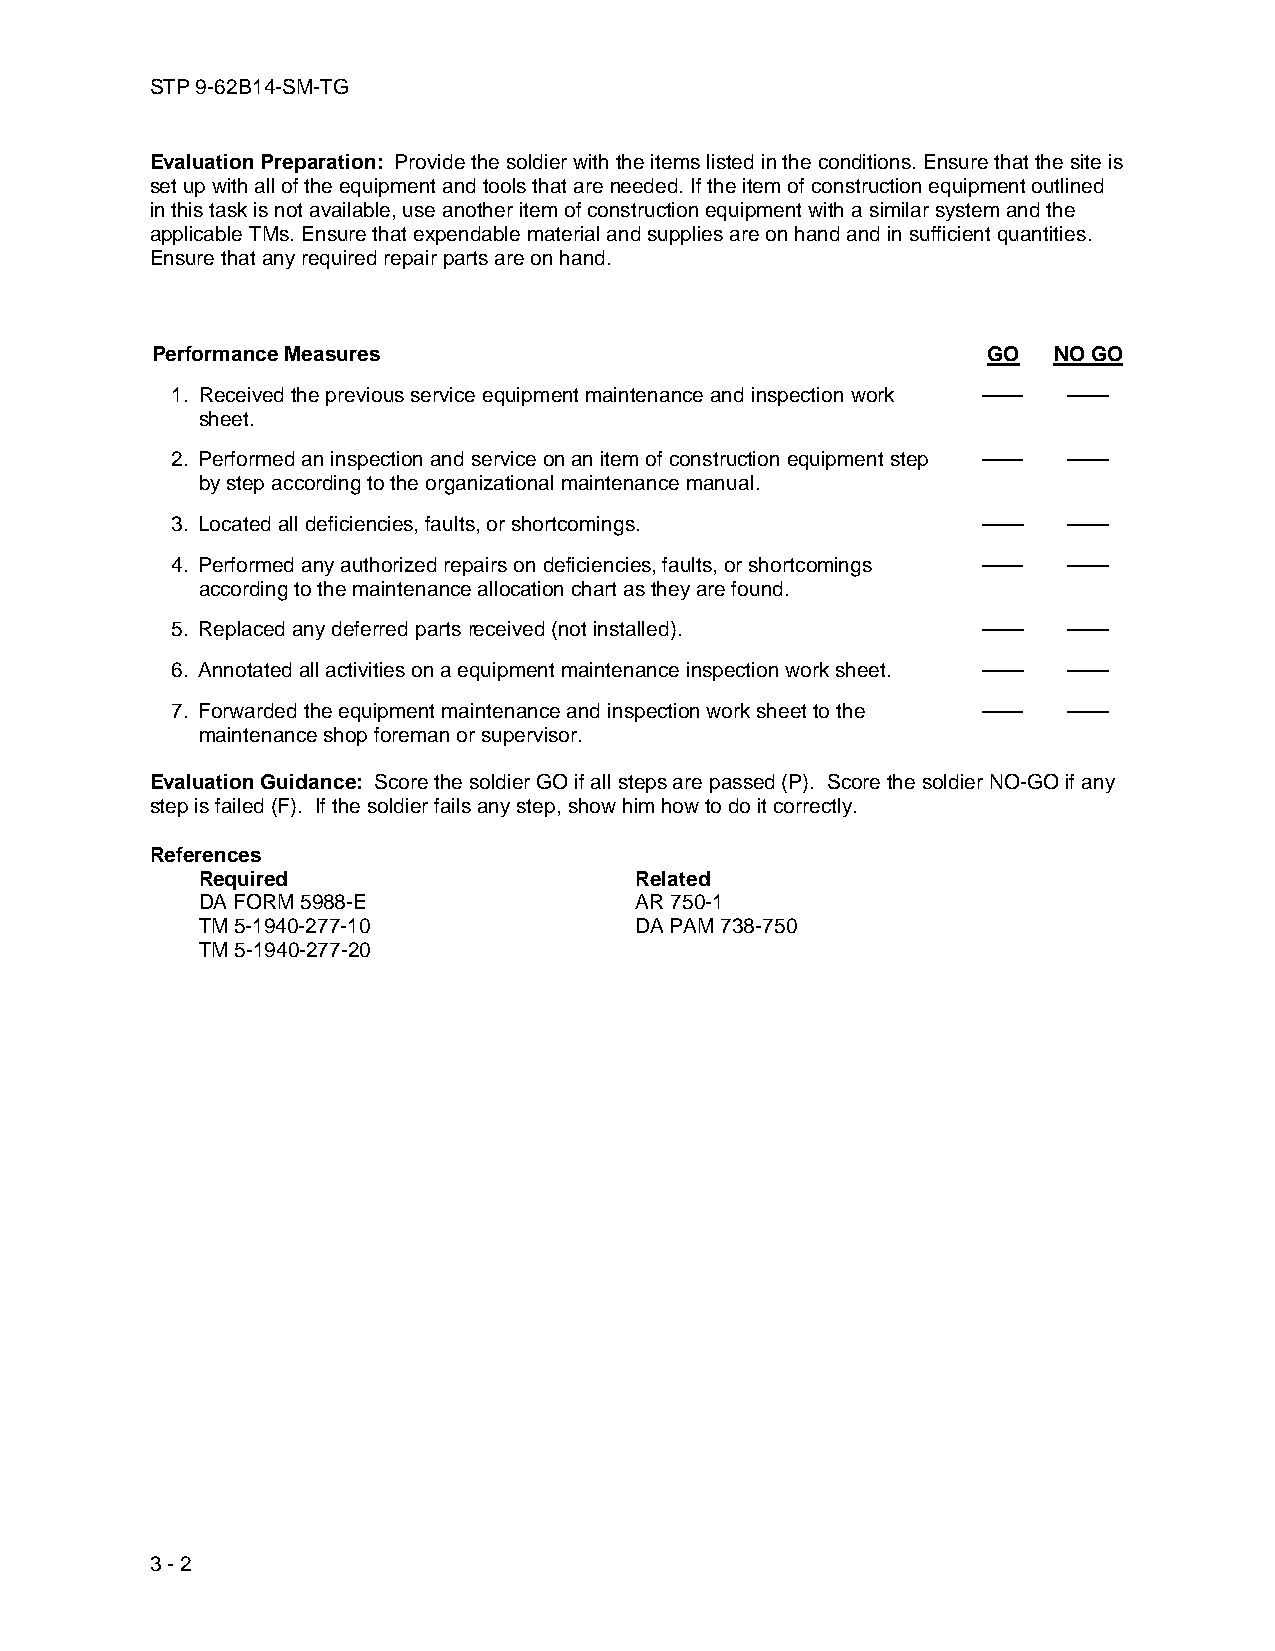
STP 9-62B14-SM-TG
 Evaluation Preparation: Provide the soldier with the items listed in the conditions. Ensure that the site is
 set up with all of the equipment and tools that are needed. If the item of construction equipment outlined
 in this task is not available, use another item of construction equipment with a similar system and the
 applicable TMs. Ensure that expendable material and supplies are on hand and in sufficient quantities.
 Ensure that any required repair parts are on hand.
 Performance Measures                                   GO   NO GO
 1. Received the previous service equipment maintenance and inspection work —— ——
 sheet.
 2. Performed an inspection and service on an item of construction equipment step —— ——
 by step according to the organizational maintenance manual.
 3. Located all deficiencies, faults, or shortcomings. ——    ——
 4. Performed any authorized repairs on deficiencies, faults, or shortcomings —— ——
 according to the maintenance allocation chart as they are found.
 5. Replaced any deferred parts received (not installed). —— ——
 6. Annotated all activities on a equipment maintenance inspection work sheet. —— ——
 7. Forwarded the equipment maintenance and inspection work sheet to the —— ——
 maintenance shop foreman or supervisor.
 Evaluation Guidance: Score the soldier GO if all steps are passed (P). Score the soldier NO-GO if any
 step is failed (F). If the soldier fails any step, show him how to do it correctly.
 References
 Required                     Related
 DA FORM 5988-E               AR 750-1
 TM 5-1940-277-10             DA PAM 738-750
 TM 5-1940-277-20
 3 - 2